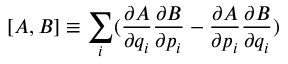
[ A , B ] \equiv \sum _ { i } ( \frac { \partial A } { \partial q _ { i } } \frac { \partial B } { \partial p _ { i } } - \frac { \partial A } { \partial p _ { i } } \frac { \partial B } { \partial q _ { i } } )